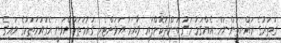
ގަތަރުގެ ރައްޔިތުންނަށް އެއްގަމު މަގު ބަންދުކޮށްފައި ވާއިރު އަވަށްޓެރި ގައުމުތަކުންވަނީ އެގައުމުތަކުގެ ވައިގެ